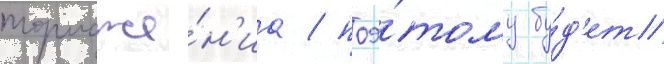
торможе́н'иа / поэ́тому бу́д'ет